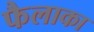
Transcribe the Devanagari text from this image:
फैलाका